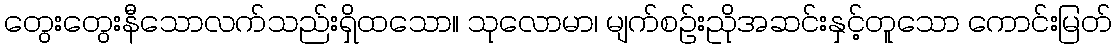
တွေးတွေးနီသောလက်သည်းရှိထသော။ သုလောမာ၊ မျက်စဉ်းညိုအဆင်းနှင့်တူသော ကောင်းမြတ်